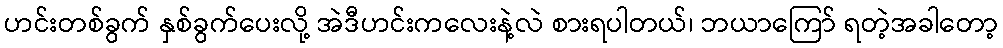
ဟင်းတစ်ခွက် နှစ်ခွက်ပေးလို့ အဲဒီဟင်းကလေးနဲ့လဲ စားရပါတယ်၊ ဘယာကြော် ရတဲ့အခါတော့